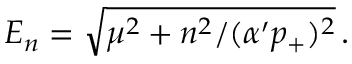
E _ { n } = \sqrt { \mu ^ { 2 } + n ^ { 2 } / ( \alpha ^ { \prime } p _ { + } ) ^ { 2 } } \, .